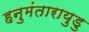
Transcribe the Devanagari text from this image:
हनुमंतारायुडु